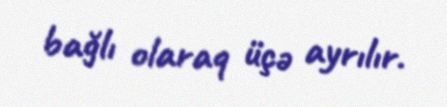
bağlı olaraq üçə ayrılır.